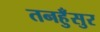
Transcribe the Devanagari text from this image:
तनहुँसुर